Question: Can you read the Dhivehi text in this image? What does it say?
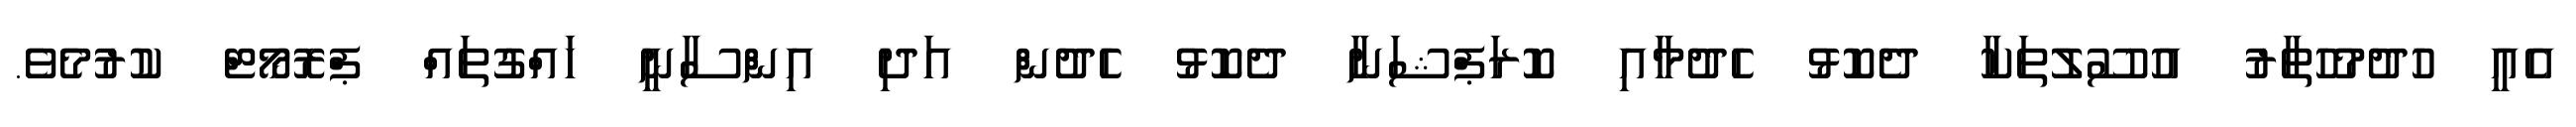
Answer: އެއީ ހުދުމުހުތާރު އުސޫލުތަކާ ދެކޮޅު ހެދުމާއި ކޮރަޕްޝަނާ ދެކޮޅު ހެދުން އަދި އިންސާނީ ހައްގުތައް ޕްރޮމޯޓް ކުރުމެވެ.